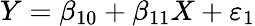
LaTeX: Y=\beta_{10}+\beta_{11}X+\varepsilon_{1}